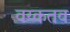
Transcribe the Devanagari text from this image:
वय्कतव